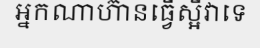
អ្នកណាហ៊ានធ្វើស្អីវាទេ